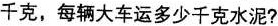
千克，每辆大车运多少千克水泥?